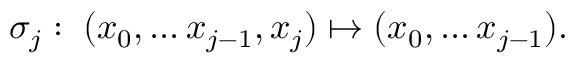
\sigma _ { j } : \; ( x _ { 0 } , \ldots x _ { j - 1 } , x _ { j } ) \mapsto ( x _ { 0 } , \ldots x _ { j - 1 } ) .